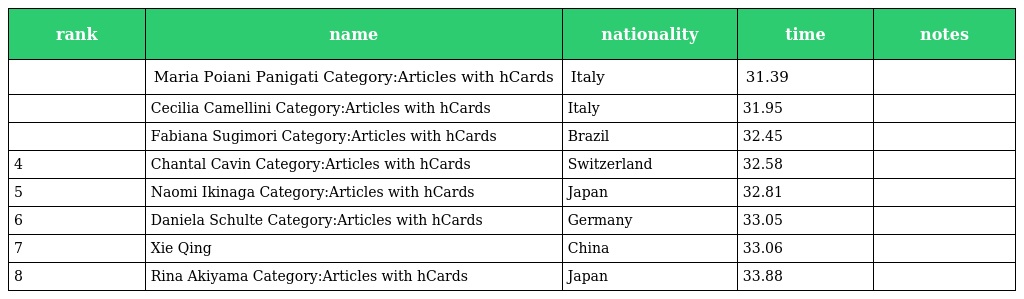
| rank | name | nationality | time | notes |
 | --- | --- | --- | --- | --- |
 |  | Maria Poiani Panigati Category:Articles with hCards | Italy | 31.39 |  |
 |  | Cecilia Camellini Category:Articles with hCards | Italy | 31.95 |  |
 |  | Fabiana Sugimori Category:Articles with hCards | Brazil | 32.45 |  |
 | 4 | Chantal Cavin Category:Articles with hCards | Switzerland | 32.58 |  |
 | 5 | Naomi Ikinaga Category:Articles with hCards | Japan | 32.81 |  |
 | 6 | Daniela Schulte Category:Articles with hCards | Germany | 33.05 |  |
 | 7 | Xie Qing | China | 33.06 |  |
 | 8 | Rina Akiyama Category:Articles with hCards | Japan | 33.88 |  |